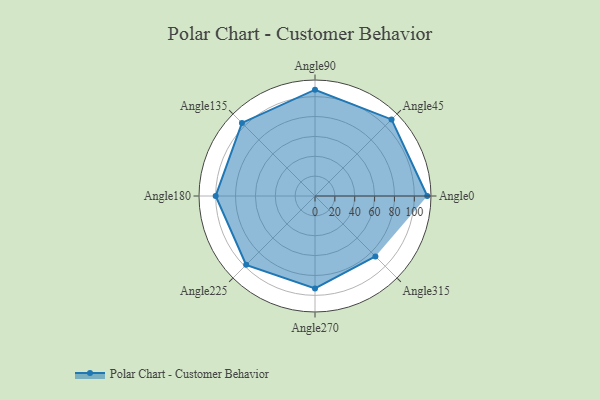
{"axis": {"x": "Angle", "y": "Radius"}, "legend": [""], "data": [{"x": "Angle0", "y": 113.0, "type": ""}, {"x": "Angle45", "y": 109.0, "type": ""}, {"x": "Angle90", "y": 107.0, "type": ""}, {"x": "Angle135", "y": 104.0, "type": ""}, {"x": "Angle180", "y": 100.0, "type": ""}, {"x": "Angle225", "y": 98.0, "type": ""}, {"x": "Angle270", "y": 93.0, "type": ""}, {"x": "Angle315", "y": 86.0, "type": ""}]}